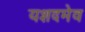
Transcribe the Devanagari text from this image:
यशदमेव